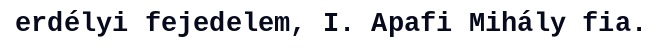
erdélyi fejedelem, I. Apafi Mihály fia.